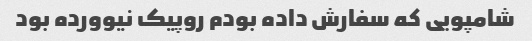
شامپویی که سفارش داده بودم روپیک نیوورده بود